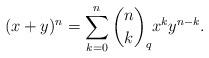
LaTeX: \begin{align*} (x + y)^n = \sum_{k = 0}^n \binom{n}{k}_q x^k y^{n - k} . \end{align*}